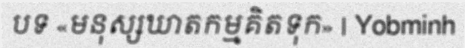
បទ «មនុស្សឃាតកម្មគិតទុក» | Yobminh